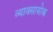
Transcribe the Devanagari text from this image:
व्यावसायोक